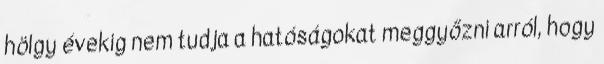
hölgy évekig nem tudja a hatóságokat meggyőzni arról, hogy